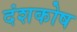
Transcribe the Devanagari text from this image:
दंशकोष